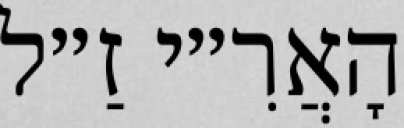
הָאֲרִ״י זַ״ל